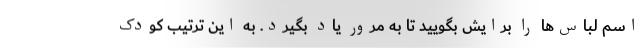
اسم لباس‌ها را برایش بگویید تا به مرور یاد بگیرد. به این ترتیب کودک